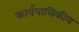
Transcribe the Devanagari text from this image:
कार्यपालिकीय